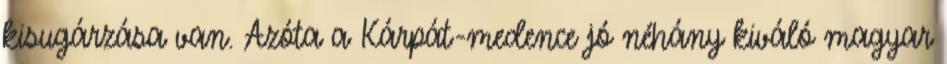
kisugárzása van. Azóta a Kárpát-medence jó néhány kiváló magyar